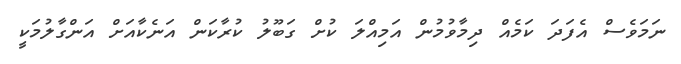
ނަމަވެސް އެފަދަ ކަމެއް ދިމާވުމުން އަމިއްލަ ކުށް ގަބޫލު ކުރާކަން އަނެކާއަށް އަންގާލުމަކީ